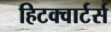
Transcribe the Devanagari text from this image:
हिटक्वार्टर्स